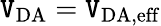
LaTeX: \mathtt{V}_{\mathrm{{DA}}}=\mathtt{V}_{\mathrm{{DA,eff}}}